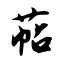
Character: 萜